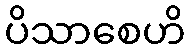
ပိသာစေဟိ